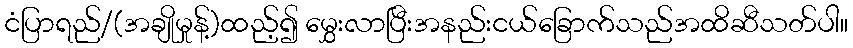
ငံပြာရည်/(အချိုမှုန့်)ထည့်၍ မွှေးလာပြီးအနည်းငယ်ခြောက်သည်အထိဆီသတ်ပါ။